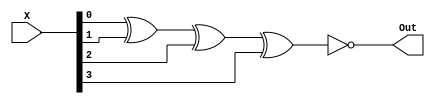
module EVEN_PARITY_GENERATOR(
    X, Out
);
    //OUTPUT IS 1 WHEN NUMBE OF 1'S IS EVEN
    input [3: 0] X;
    output Out;
    assign Out = ~ (X[0] ^ X[1] ^ X[2] ^ X[3]);
endmodule

module ENCODER_8TO3 (in, out);
    input [7: 0] in;
    output reg [2: 0] out;

    always @ (*)
    begin
        case(in)
            8'b00000001: out <= 3'd0;
            8'b00000010: out <= 3'd1;
            8'b00000100: out <= 3'd2;
            8'b00001000: out <= 3'd3;
            8'b00010000: out <= 3'd4;
            8'b00100000: out <= 3'd5;
            8'b01000000: out <= 3'd6;
            8'b10000000: out <= 3'd7;
        endcase
    end
endmodule

module ALU (input1, input2, control, out);
    input [3: 0] input1, input2;
    input [2: 0] control;
    output reg[3: 0] out;

    parameter ADD = 3'b000, SUB = 3'b001, XOR = 3'b010, OR = 3'b011, AND = 3'b100, 
    NOR = 3'b101, NAND = 3'b110, XNOR = 3'b111;


    always @ (input1 or input2 or control)
    begin
        case(control)
        ADD: out <= input1 + input2; 
        SUB: out <= input1 - input2;
        XOR: out <= input1 ^ input2;
        NOR: out <= ~ (input1 | input2);
        NAND: out <= ~ (input1 & input2);
        XNOR: out <= ~ (input1 ^ input2);
        default: out <= 4'hx;
        endcase
    end
endmodule


module PIPELINE (
    funct, clock, Result,
    A, B
);
    input clock;
    input [3: 0] A, B;
    input [7: 0] funct;
    output Result; 
    wire [3: 0] ALUOut;
    wire [2: 0] ctrl;
    reg [3: 0] CTRL_12, A_12, B_12, X_23;
    reg RES_34;
    wire ParityGenOut;
    //ENCODER
    ENCODER_8TO3 ENC(funct, ctrl);

    //ALU 
    ALU alu(A_12, B_12, ctrl, ALUOut);

    //PARITY GENERATOR
    EVEN_PARITY_GENERATOR parity(X_23, ParityGenOut);

    assign Result = RES_34;

    //FIRST PIPELINE STAGE
    always @ (posedge clock)
    begin
        CTRL_12 <= ctrl;
        A_12 = A;
        B_12 = B;
    end

    //SECOND PIPELINE STAGE
    always @ (posedge clock)
    begin
        X_23 <= ALUOut;
    end

    //THIRD PIPELINE STAGE
    always @ (posedge clock)
    begin
        RES_34 <= ParityGenOut;
    end

endmodule

module TESTBENCH;
    reg clock;
    reg [3: 0] A, B;
    reg [7: 0] funct;
    wire result;

    PIPELINE mod(funct, clock, result, A, B);
    initial begin
        $monitor($time, "A = %b, B = %b, RESULT = %b\n", A, B, result);

        clock = 1'b1;
        #4 A = 4'b0101; B = 4'b1110; funct = 8'h80;
        #4 A = 4'b0100; B = 4'b1111; funct = 8'h01;
        #50 $finish;
    end
    always #5 clock = ~clock;

endmodule